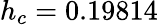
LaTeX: h_{c}=0.19814